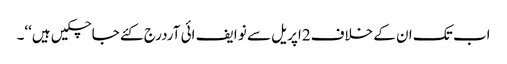
اب تک ان کے خلاف2اپریل سے نو ایف ائی آردرج کئے جاچکیں ہیں‘‘۔